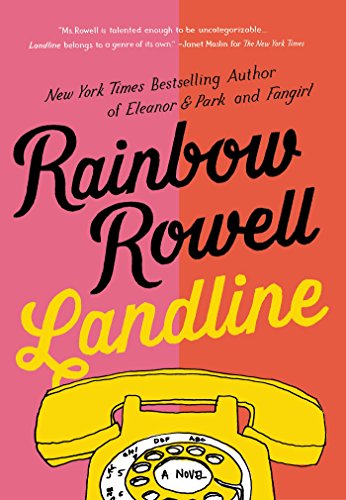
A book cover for Landline: A Novel; Rainbow Rowell; Literature & Fiction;